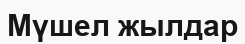
Мүшел жылдар